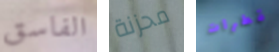
الفاسق محزنة قطرات